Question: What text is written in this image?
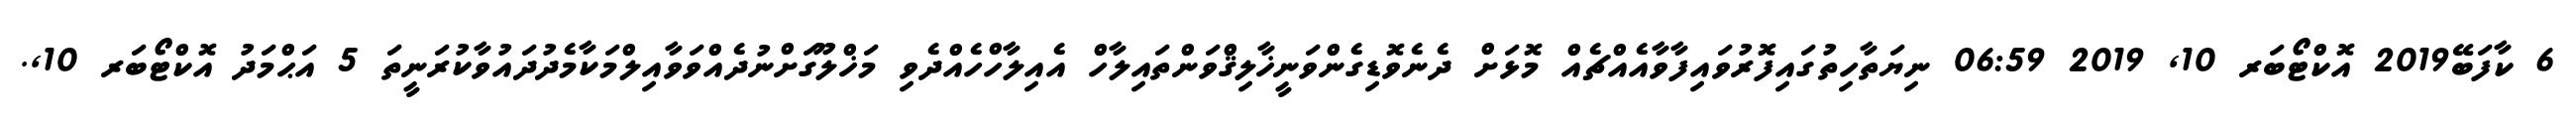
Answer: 6 ކާފަބޭ2019 އޮކްޓޯބަރ 10, 2019 06:59 ނިޔަތާހިތުގައިފޮރުވައިފާވާއެއްޗެއް މޮޅަށް ދެނެވޮޑިގެންވަނީޚާލިޤްވަންތައިލާހް އެއިލާހްހެއްދެވި މަޚްލޫގަށްނުދެއްވަވާއިލްމަކާމެދުދައުވާކުރަނީތަ 5 އަޙްމަދު އޮކްޓޯބަރ 10,.